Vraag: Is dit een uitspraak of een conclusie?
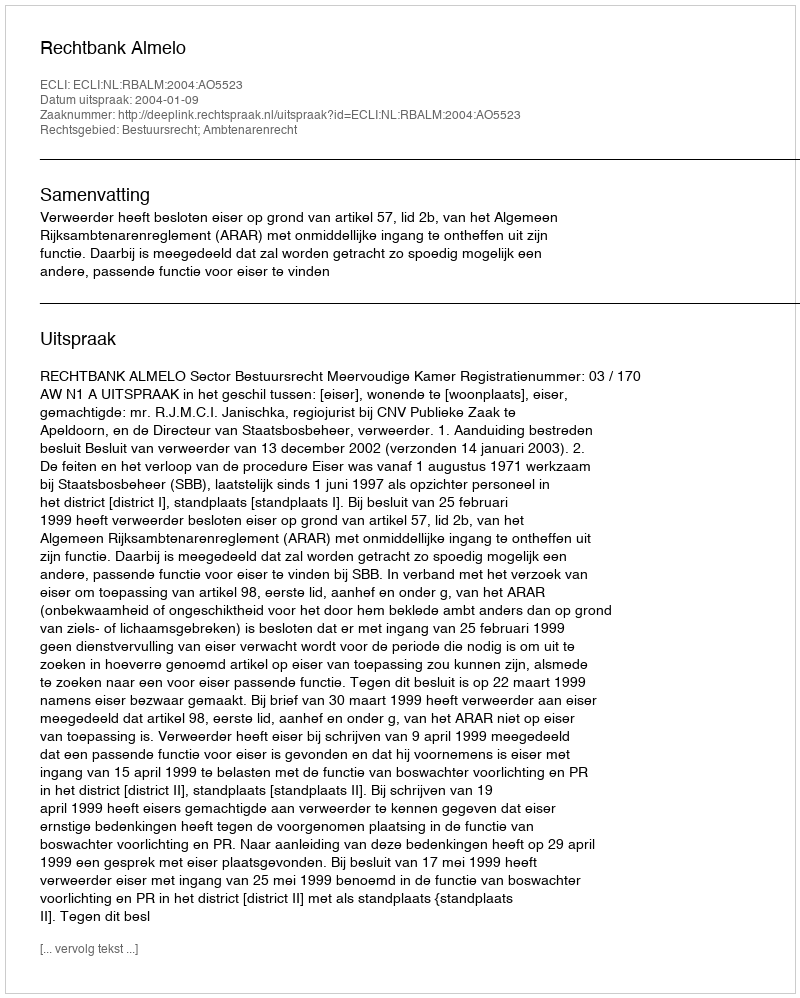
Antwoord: Uitspraak